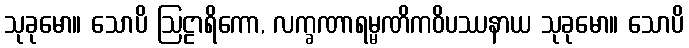
သုခုမော။ သောပိ ဩဠာရိကော, လက္ခဏာရမ္မဏိကဝိပဿနာယ သုခုမော။ သောပိ